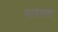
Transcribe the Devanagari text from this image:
पाठाला